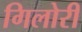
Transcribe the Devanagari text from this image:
गिलोरी